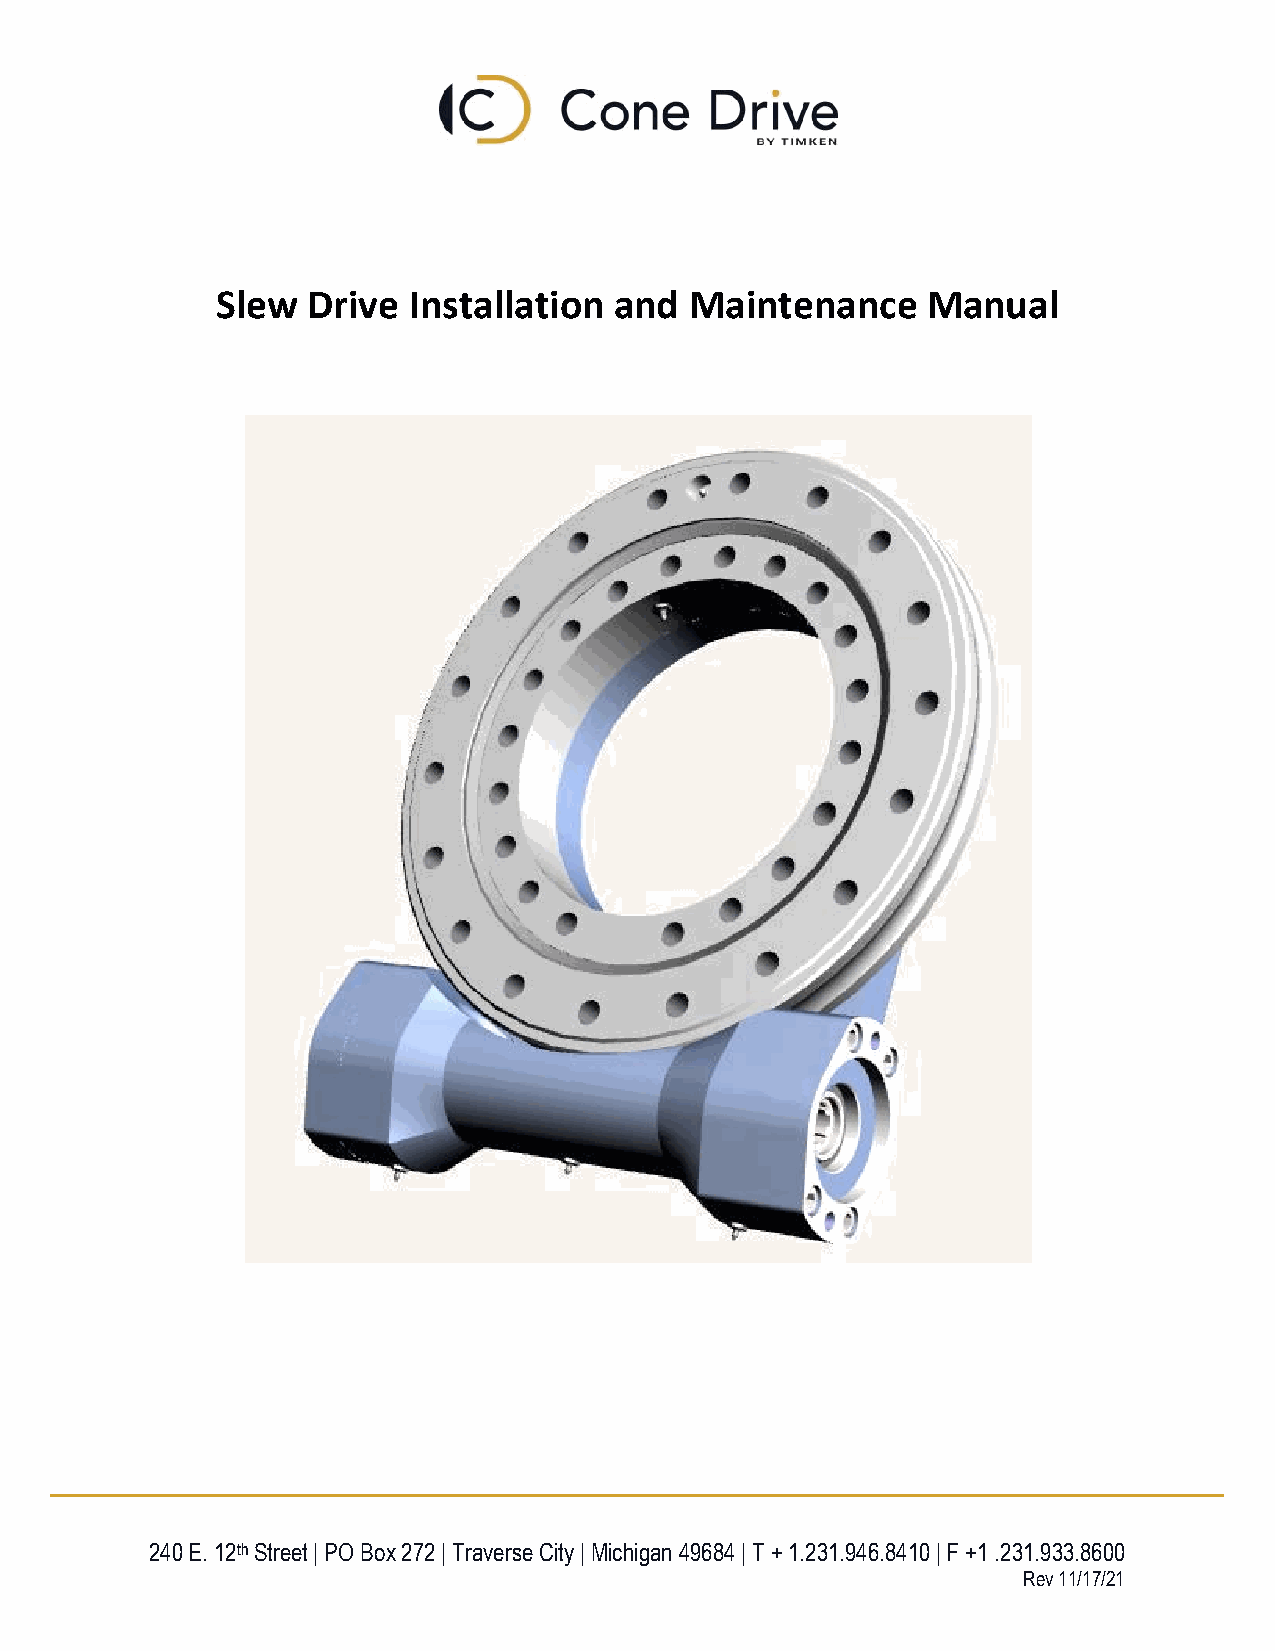
Slew  Drive  Installation  and  Maintenance    Manual
 240 E. 12th Street | PO Box 272 | Traverse City | Michigan 49684 | T + 1.231.946.8410 | F +1 .231.933.8600
 Rev 11/17/21